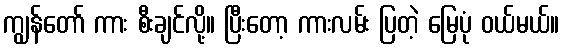
ကျွန်တော် ကား စီးချင်လို့။ ပြီးတော့ ကားလမ်း ပြတဲ့ မြေပုံ ဝယ်မယ်။